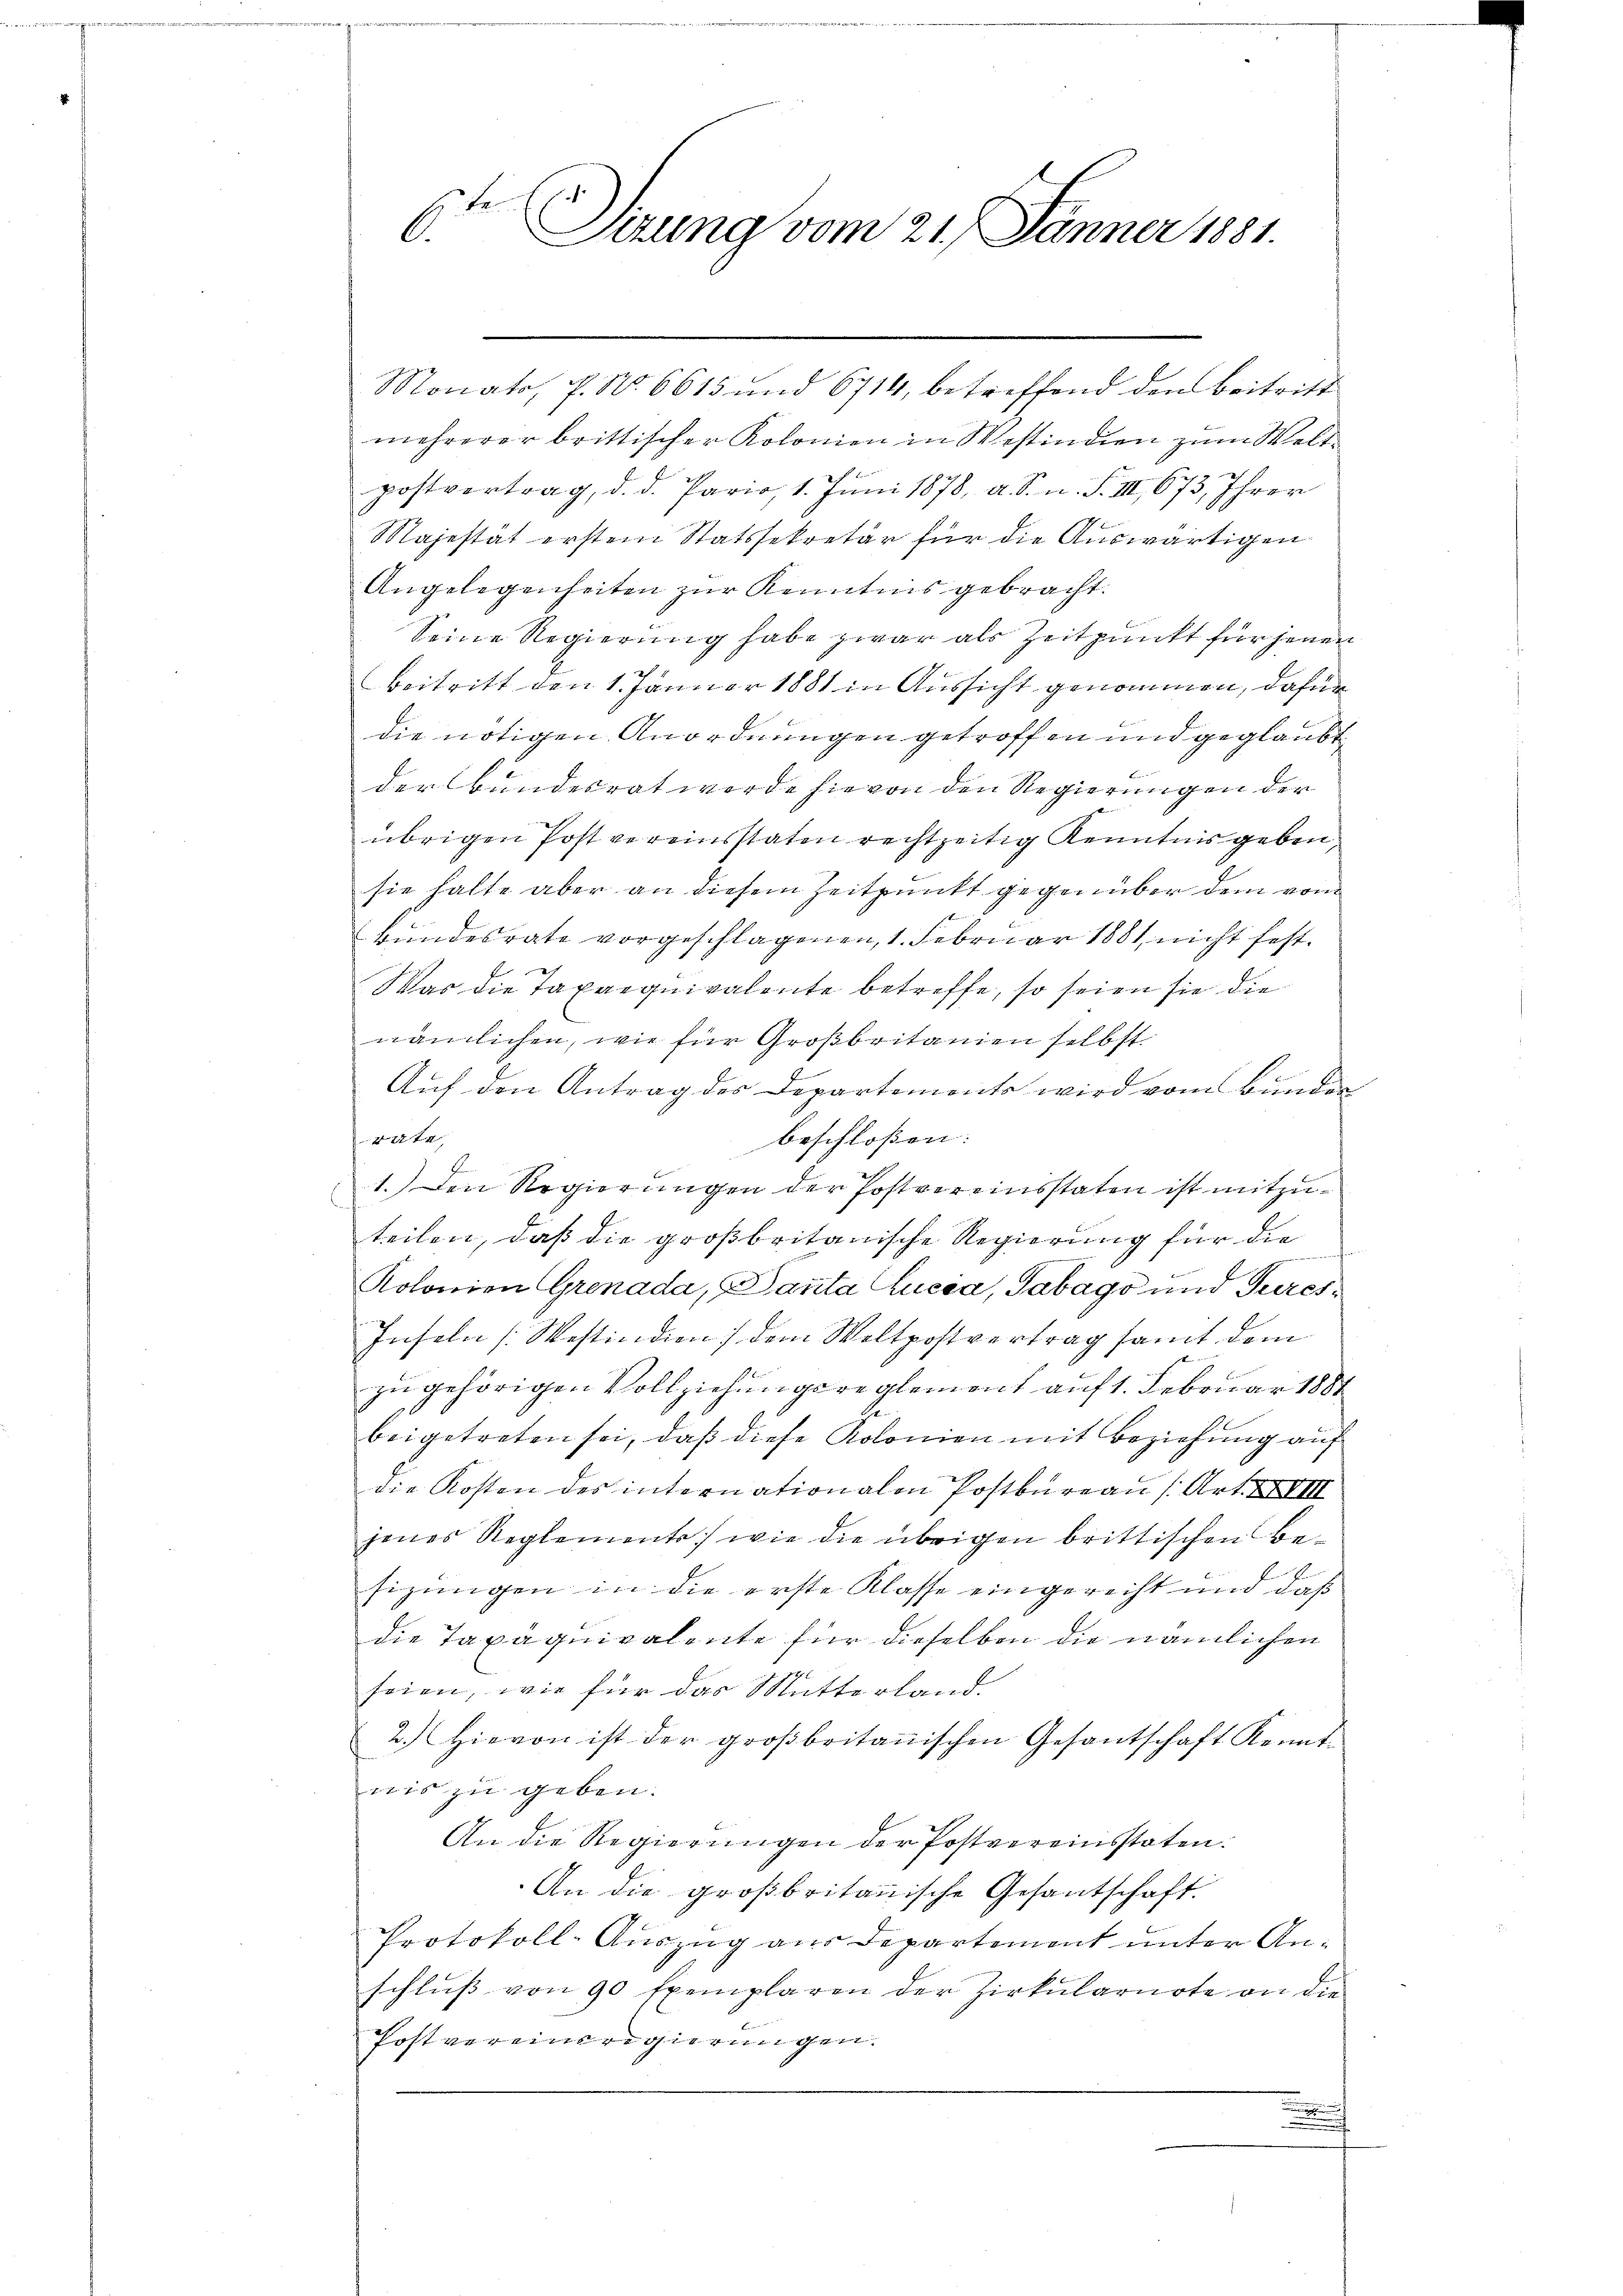
hele
e. Sizung vom 21. Jänner 1881.

mehrerer brittischer Kolonien in Westindien zum Welt¬
.
postvertrag, d. d. Pario, 1. Juni 1878, a. S. n. F. III 673, Ihrer
Majestät erstem Statssekretär für die Auswärtigen
Angelegenheiten zur Kenntnis gebracht.
Seine Regierung habe zwar als Zeitpunkt für jenen
Beitritt den 1. Januar 1881 in Aussicht genommen, dafür
die nötigen Anordnungen getroffen und geglaubt
der Bundesrat werde hievon den Regierungen der
übrigen Post vereinstaten rechtzeitig Kenntnis geben,
sie halte aber an diesem Zeitpunkt gegenüber dem vom
Bundesrate vorgeschlagenen, 1. Februar 1881 nicht fest¬
Was die Taxaequivalente betreffe, so seien sie die
nämlichen, wie für Großbritanien selbst
Auf den Antrag des Departements wird vom Bunder
räte,
beschlossen:
1.) Den Regierungen der Postvereinsstaten ist mitzuteilen, daß die großbritanische Regierung für die
Kolonien Grenada, Panta Lucca, Sabago und Turcs¬
Inseln [Mastindion) dem Weltpostvertrag samt dem
zu gehörigen Vollziehungsreglement auf 1. Februar 1881
beigetreten sei, daß diese Kolonien mit Beziehung auf
die Kosten des internationalen Postbureau (Art. XXVIII
jenes Reglements, wie die übrigen brittischen Besizungen in die erste Klasse eingerecht und daß
die Taxäquivalente für dieselben die nämlichen
seien, wie für das Mutterland.
2.) Hievon ist der großbritanischen Gesantschaft Kennt-
nis zu geben.
An die Regierungen der Postvereinsstaten.
An die großbritanische Gesantschaft
Protokoll-Auszug aus Departement unter Anschlŭβ von 90 Exemplaren der Zirkŭlarirte an die
Postvereinsregierungen.
.

Monato, P. Nr. 6615 und 6714, betreffend den Beitritt